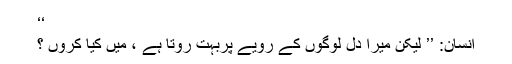
‘‘
انسان: ’’ لیکن میرا دل لوگوں کے رویّے پربہت روتا ہے ، میں کیا کروں ؟